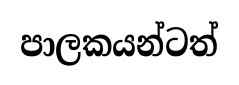
පාලකයන්ටත්